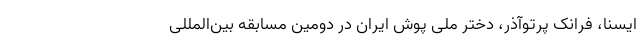
ایسنا، فرانک پرتوآذر، دختر ملی پوش ایران در دومین مسابقه بین‌المللی